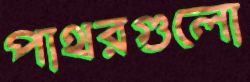
পাথরগুলো